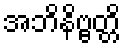
အဘိနိဗ္ဗတ္တိ